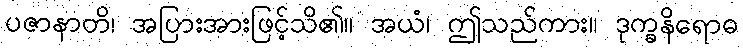
ပဇာနာတိ၊ အပြားအားဖြင့်သိ၏။ အယံ၊ ဤသည်ကား။ ဒုက္ခနိရောဓ